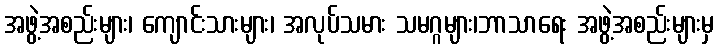
အဖွဲ့အစည်းများ၊ ကျောင်းသားများ၊ အလုပ်သမား သမဂ္ဂများ၊ဘာသာရေး အဖွဲ့အစည်းများမှ